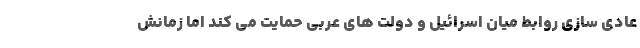
عادی سازی روابط میان اسرائیل و دولت های عربی حمایت می کند اما زمانش